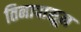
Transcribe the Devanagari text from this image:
तिनापासून